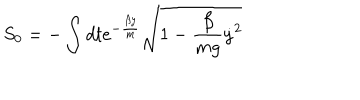
LaTeX: S _ { 0 } = - \int d t e ^ { - \frac { \beta y } { m } } \sqrt { 1 - \frac { \beta } { m g } { \dot { y } } ^ { 2 } }